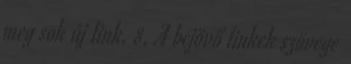
meg sok új link. 8. A bejövő linkek szövege